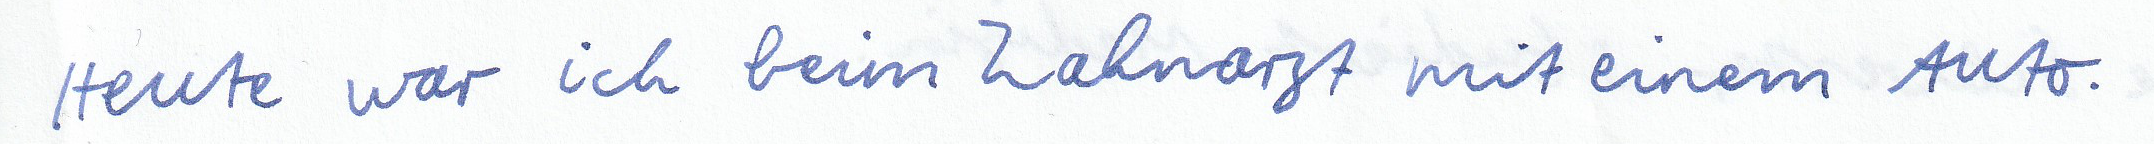
Heute war ich beim Zahnarzt mit einem Auto.